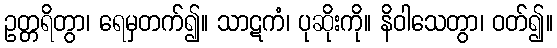
ဥတ္တရိတွာ၊ ရေမှတက်၍။ သာဋကံ၊ ပုဆိုးကို။ နိဝါသေတွာ၊ ဝတ်၍။